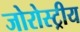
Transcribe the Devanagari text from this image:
जोरोस्ट्रीय